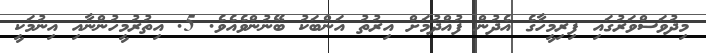
މިދުވަސްވަރުގައި ފިރިމީހާގެ އެދުން ފުއްދުމަށް އިރުތު އަންބަކު ބޭނުންވެއެވެ. 5. އިތުރުމީހުންނާއި އިނުމަކީ